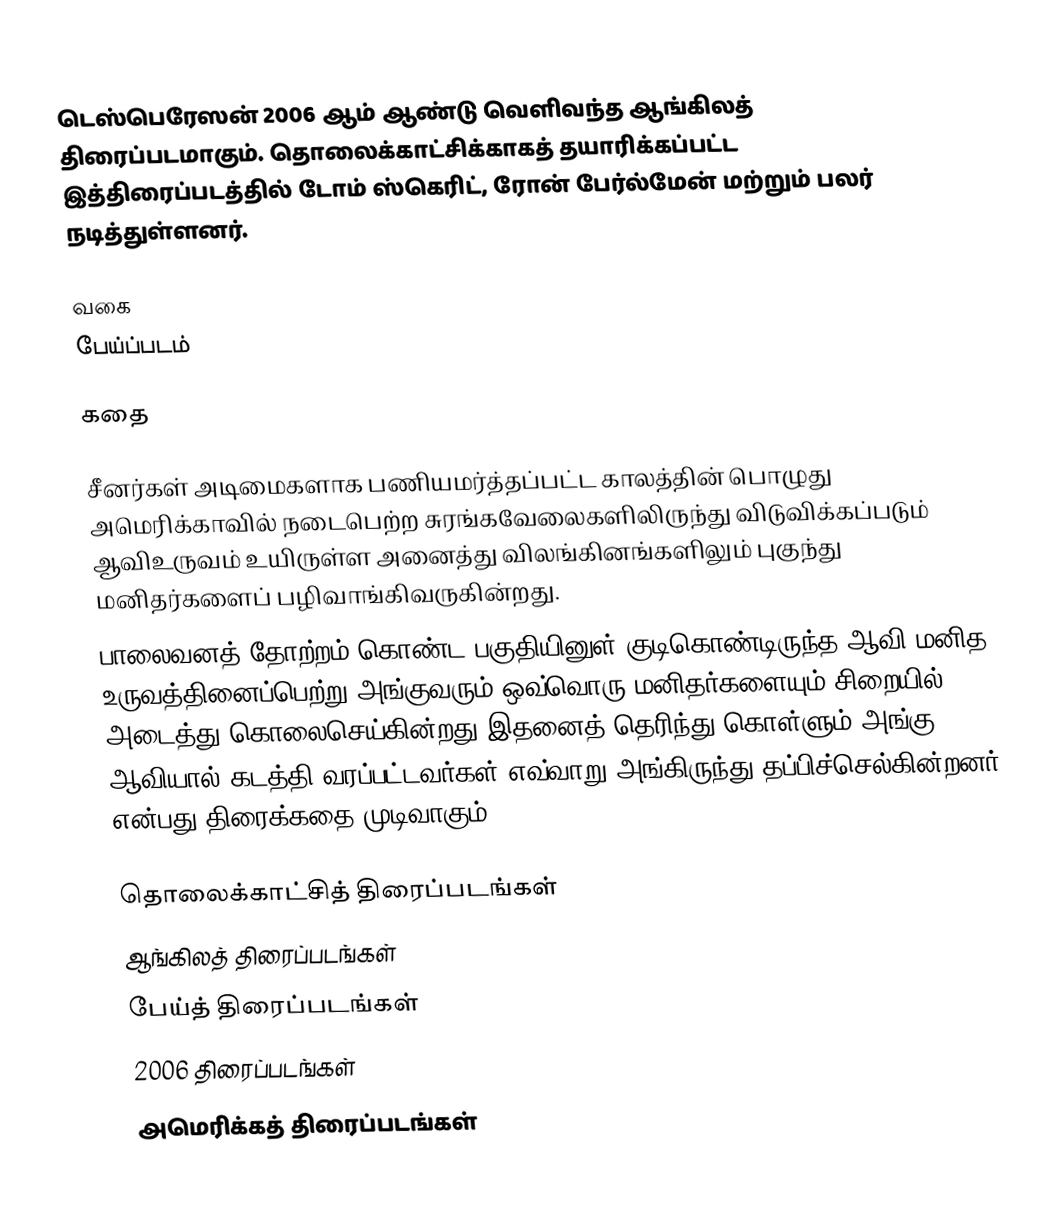
டெஸ்பெரேஸன்  2006 ஆம் ஆண்டு வெளிவந்த ஆங்கிலத் திரைப்படமாகும். தொலைக்காட்சிக்காகத் தயாரிக்கப்பட்ட இத்திரைப்படத்தில் டோம் ஸ்கெரிட், ரோன் பேர்ல்மேன் மற்றும் பலர் நடித்துள்ளனர்.

வகை
பேய்ப்படம்

கதை

சீனர்கள் அடிமைகளாக பணியமர்த்தப்பட்ட காலத்தின் பொழுது அமெரிக்காவில் நடைபெற்ற சுரங்கவேலைகளிலிருந்து விடுவிக்கப்படும் ஆவிஉருவம் உயிருள்ள அனைத்து விலங்கினங்களிலும் புகுந்து மனிதர்களைப் பழிவாங்கிவருகின்றது.
பாலைவனத் தோற்றம் கொண்ட பகுதியினுள் குடிகொண்டிருந்த ஆவி மனித உருவத்தினைப்பெற்று அங்குவரும் ஒவ்வொரு மனிதர்களையும் சிறையில் அடைத்து கொலைசெய்கின்றது.இதனைத் தெரிந்து கொள்ளும் அங்கு ஆவியால் கடத்தி வரப்பட்டவர்கள் எவ்வாறு அங்கிருந்து தப்பிச்செல்கின்றனர் என்பது திரைக்கதை முடிவாகும்.

தொலைக்காட்சித் திரைப்படங்கள்
ஆங்கிலத் திரைப்படங்கள்
பேய்த் திரைப்படங்கள்
2006 திரைப்படங்கள்
அமெரிக்கத் திரைப்படங்கள்